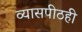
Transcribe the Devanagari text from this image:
व्यासपीठही